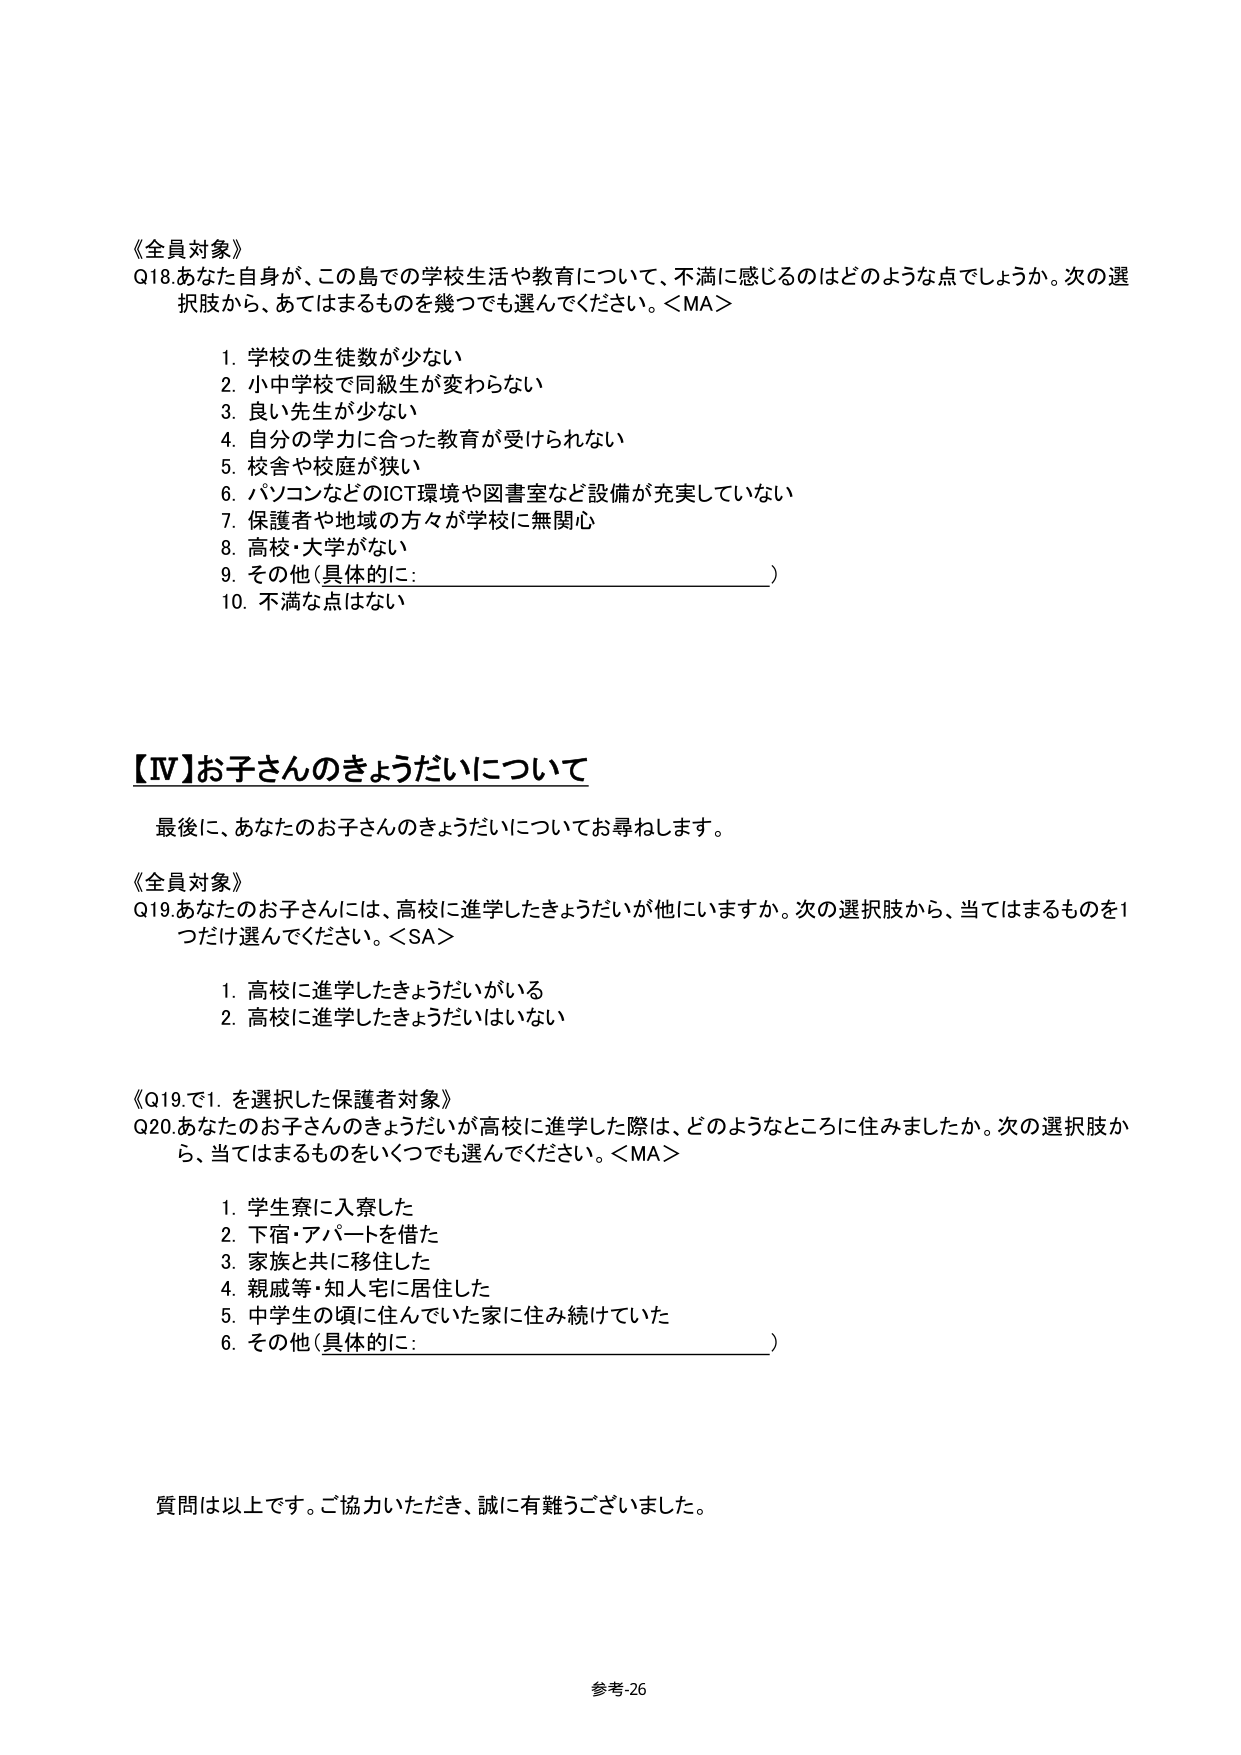
《全員対象》
Q18.あなた自身が、この島での学校生活や教育について、不満に感じるのはどのような点でしょうか。次の選択肢から、あてはまるものを幾つでも選んでください。＜MA＞

1. 学校の生徒数が少ない
2. 小中学校で同級生が変わらない
3. 良い先生が少ない
4. 自分の学力に合った教育が受けられない
5. 校舎や校庭が狭い
6. パソコンなどのICT環境や図書室など設備が充実していない
7. 保護者や地域の方々が学校に無関心
8. 高校・大学がない
9. その他（具体的に：________________________）
10. 不満な点はない

【Ⅳ】お子さんのきょうだいについて

最後に、あなたのお子さんのきょうだいについてお尋ねします。

《全員対象》
Q19.あなたのお子さんには、高校に進学したきょうだいが他にいますか。次の選択肢から、当てはまるものを1つだけ選んでください。＜SA＞

1. 高校に進学したきょうだいがいる
2. 高校に進学したきょうだいはいない

《Q19.で1.を選択した保護者対象》
Q20.あなたのお子さんのきょうだいが高校に進学した際は、どのようなところに住みましたか。次の選択肢から、当てはまるものをいくつでも選んでください。＜MA＞

1. 学生寮に入寮した
2. 下宿・アパートを借た
3. 家族と共に移住した
4. 親戚等・知人宅に居住した
5. 中学生の頃に住んでいた家に住み続けていた
6. その他（具体的に：________________________）

質問は以上です。ご協力いただき、誠に有難うございました。

参考-26